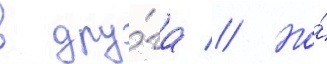
в дру́га // Но́